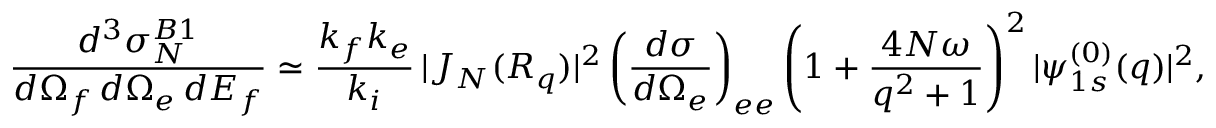
\frac { d ^ { 3 } { \sigma } _ { N } ^ { B 1 } } { d \Omega _ { f } \, d \Omega _ { e } \, d E _ { f } } \simeq \frac { k _ { f } k _ { e } } { k _ { i } } \, | J _ { N } ( { \cal R } _ { q } ) | ^ { 2 } \left( \frac { d { \sigma } } { d \Omega _ { e } } \right) _ { e e } \left( 1 + \frac { 4 N \omega } { q ^ { 2 } + 1 } \right) ^ { 2 } | \psi _ { 1 s } ^ { ( 0 ) } ( q ) | ^ { 2 } ,